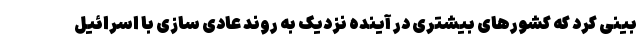
بینی کرد که کشورهای بیشتری در آینده نزدیک به روند عادی سازی با اسرائیل